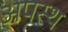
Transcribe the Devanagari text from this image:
अपस्थ